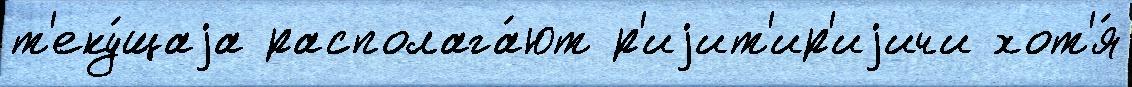
т'еку́щаjа располага́ют р'иjит'ир'иjичи хот'я́